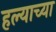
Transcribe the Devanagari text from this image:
हल्याच्या